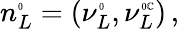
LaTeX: n_{L}^{\tiny{0}}=(\nu_{L}^{\tiny{0}},{\nu}_{L}^{\tiny{0}\mathbb{C}})\, ,